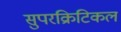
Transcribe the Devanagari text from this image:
सुपरक्रिटिकल